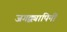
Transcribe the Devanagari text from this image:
जगद्व्यापिनीं